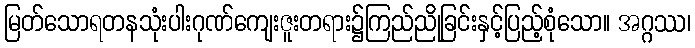
မြတ်သောရတနသုံးပါးဂုဏ်ကျေးဇူးတရား၌ကြည်ညိုခြင်းနှင့်ပြည့်စုံသော။ အဂ္ဂဿ၊